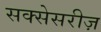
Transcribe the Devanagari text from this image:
सक्सेसरीज़